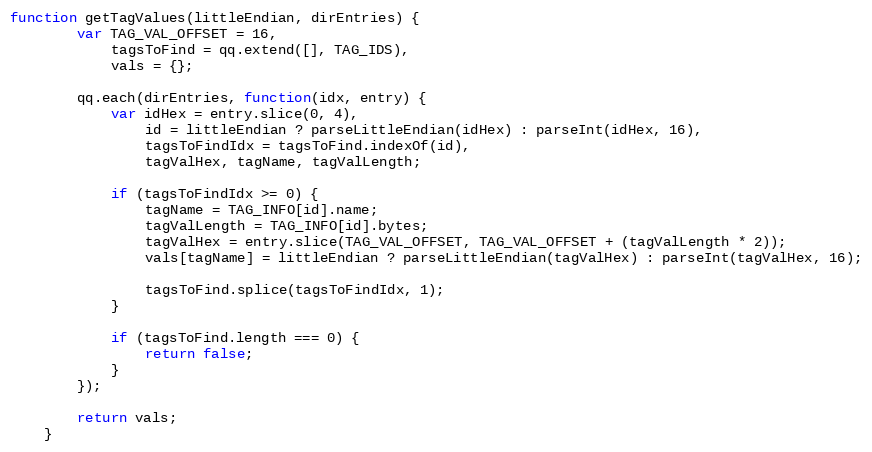
Language: JavaScript
function getTagValues(littleEndian, dirEntries) {
        var TAG_VAL_OFFSET = 16,
            tagsToFind = qq.extend([], TAG_IDS),
            vals = {};

        qq.each(dirEntries, function(idx, entry) {
            var idHex = entry.slice(0, 4),
                id = littleEndian ? parseLittleEndian(idHex) : parseInt(idHex, 16),
                tagsToFindIdx = tagsToFind.indexOf(id),
                tagValHex, tagName, tagValLength;

            if (tagsToFindIdx >= 0) {
                tagName = TAG_INFO[id].name;
                tagValLength = TAG_INFO[id].bytes;
                tagValHex = entry.slice(TAG_VAL_OFFSET, TAG_VAL_OFFSET + (tagValLength * 2));
                vals[tagName] = littleEndian ? parseLittleEndian(tagValHex) : parseInt(tagValHex, 16);

                tagsToFind.splice(tagsToFindIdx, 1);
            }

            if (tagsToFind.length === 0) {
                return false;
            }
        });

        return vals;
    }